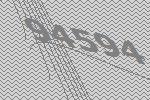
94594